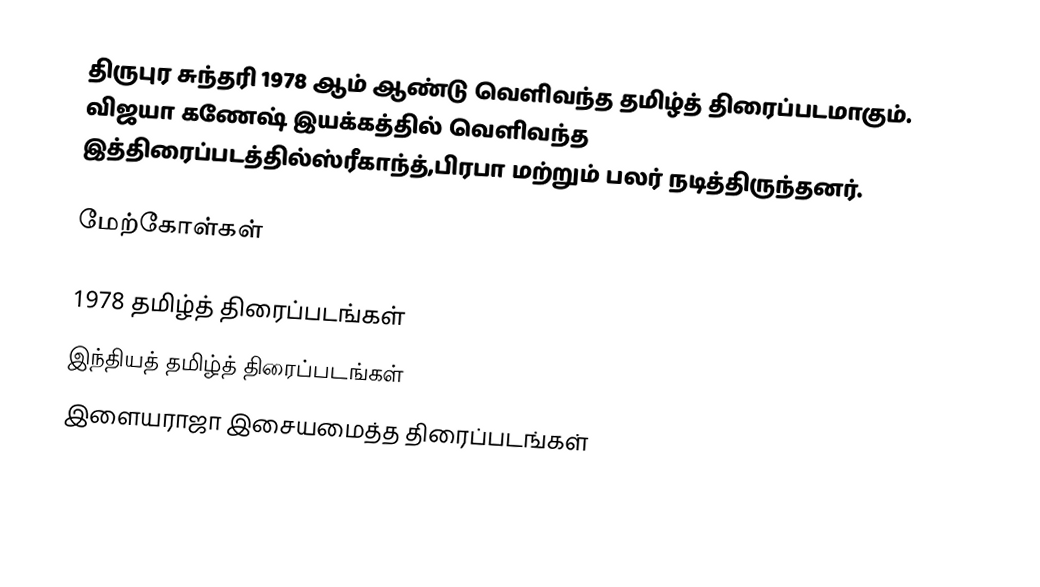
திருபுர சுந்தரி 1978 ஆம் ஆண்டு வெளிவந்த தமிழ்த் திரைப்படமாகும். விஜயா கணேஷ் இயக்கத்தில் வெளிவந்த இத்திரைப்படத்தில்ஸ்ரீகாந்த்,பிரபா மற்றும் பலர் நடித்திருந்தனர்.

மேற்கோள்கள்

1978 தமிழ்த் திரைப்படங்கள்
இந்தியத் தமிழ்த் திரைப்படங்கள்
இளையராஜா இசையமைத்த திரைப்படங்கள்